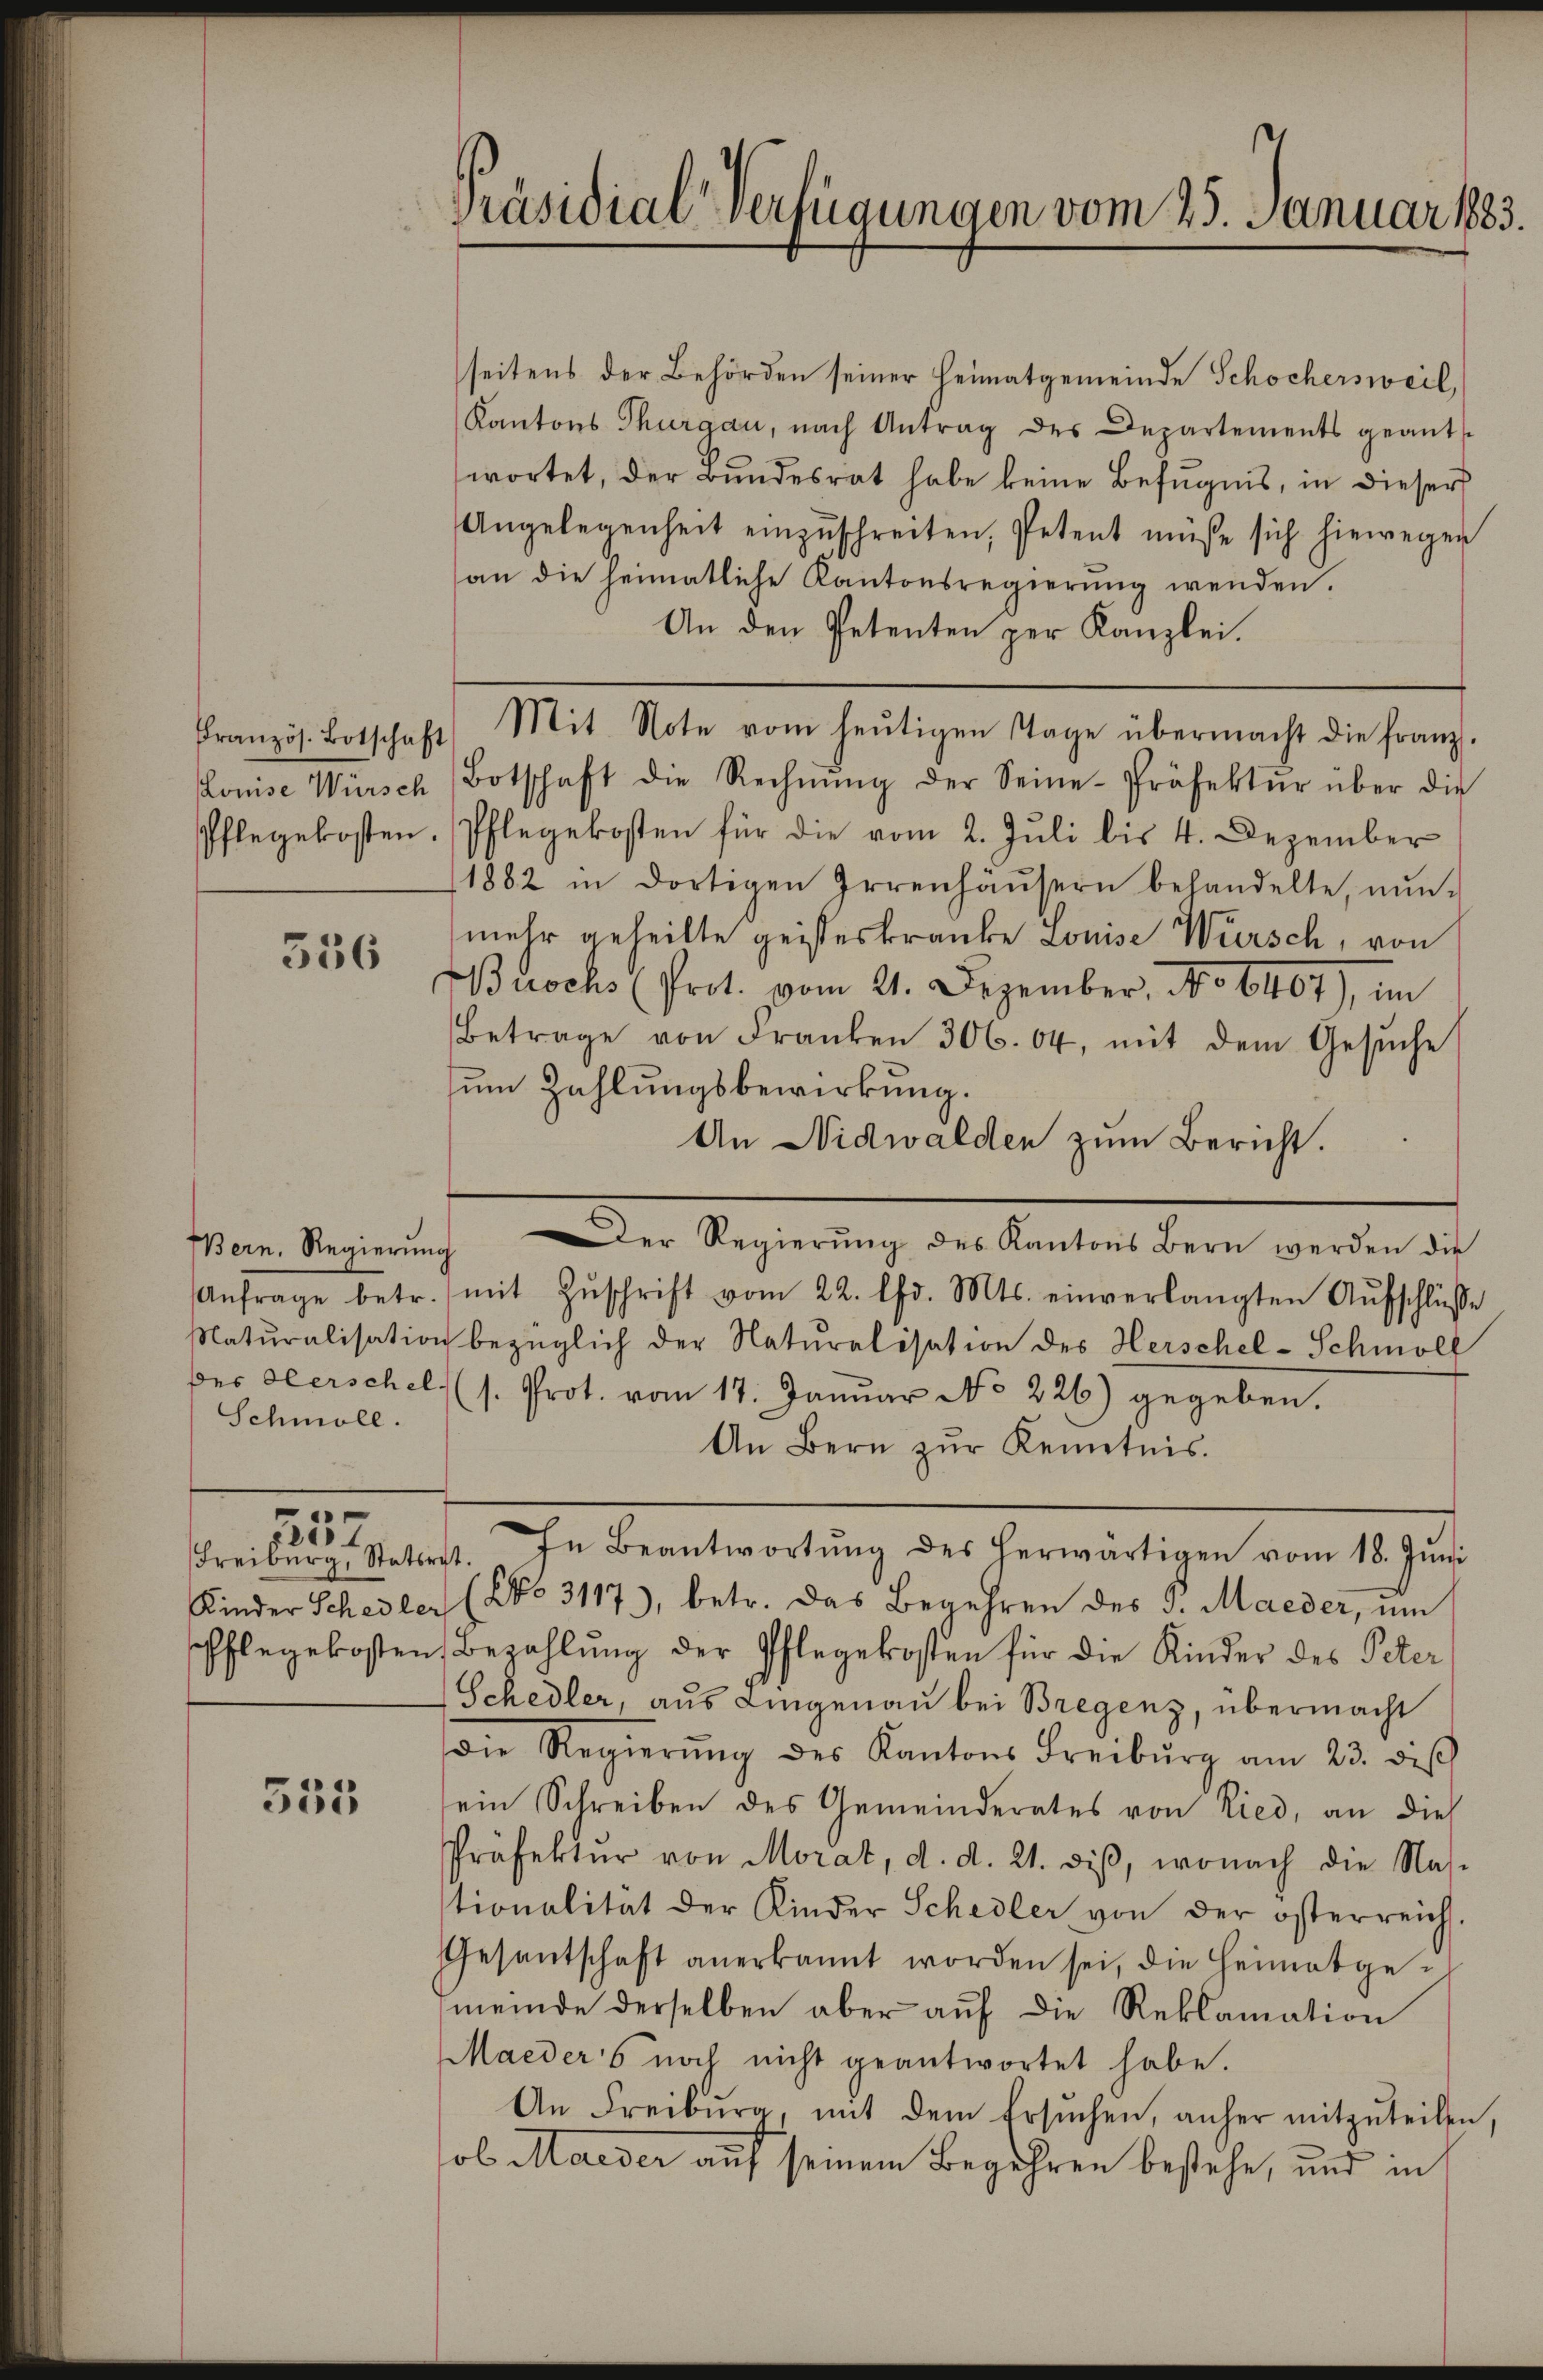
Louise Würsch

336

Schmoll.

Freiburg, Statirt.

e
21.

555

seitens der Behörden seiner Heimatgemeinde Schochersweil,
Kantons Thurgau, nach Antrag des Departements geant-
wortet, der Bundesrat habe keine Befugnis, in dieser
Angelegenheit einzŭschreiten, Petent müße sich hiewegen
an die heimatliche Kantonsregierŭng wenden.
An den Petenten per Kanzlei.
französ. Botschaft Mit Note vom heŭtigen Tage übermacht die franz.
Botschaft die Rechnŭng der Seine-Präfektŭr über die
Pflegekosten. Pflegekosten für die vom 2. Jŭli bis 4. Dezember
1882 in dortigen Irrenhäŭsern behandelte, nŭn-
mehr geheilte geisteskranke Louise Würsch, von
Buochs (Prot. vom 21. Dezember, No 6407), im
Betrage von Franken 306. 64, mit dem Gesŭche
zum Zahlungsbewirkung.
An Nidwalden zum Bericht.
Bern. Regierŭng der Regierŭng des Kantons Bern werden die
Anfrage betr. mit Zŭschrift vom 22. lfd. Mts. einverlangten Aŭfschlüsse
Maturalisation bezüglich der Naturalisation des Herschel-Schmoll
Der Oberschel (s. Prot. vom 17. Januar No 226) gegeben.
An Bern zŭr Kenntnis.
In Beantwortŭng des herwärtigen vom 18. Jŭni
Kinder Schedler (NNo. 3117), betr. das Begehren des S. Maeder, um
spflegekosten Bezahlŭng der Pflegekosten für die Kinder des Peter
Schedler, aus Liegenau bei Bregenz, übermacht
die Regierŭng des Kantons Freiburg am 23. die
ein Schreiben des Gemeinderates von Ried, an dies
Präfektŭr von Morat, d. d. 21. diβ, wonach die Nas-
stionalität der Kinder Schedler von der österreich.
Gesantschaft anerkannt worden sei, die Heimatgemeinde derselben aber aŭf die Reklamation
Maeders noch nicht geantwortet habe.
An Freiburg, mit dem Ersŭchen, anher mitzŭteilen
ob Maeder auf seinem Begehren bestehe, und in

Präsidial-Verfügungen vom 25. Januar 1883.